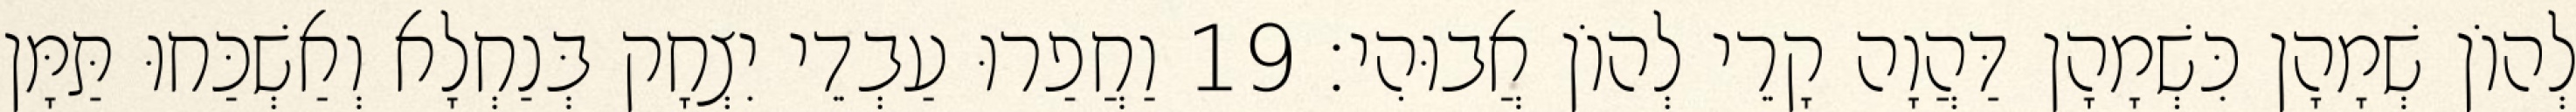
לְהוֹן שְׁמָהָן כִּשְׁמָהָן דַּהֲוָה קָרֵי לְהוֹן אֲבוּהִי׃ 19 וַחֲפַרוּ עַבְדֵי יִצְחָק בְּנַחְלָא וְאַשְׁכַּחוּ תַּמָּן